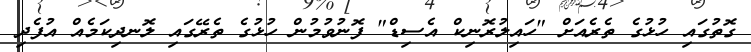
ގޮތުގައި ހުޅުގެ ތެރެއަށް "ހައިލުރޮނިކް އެސިޑް" ފޮނުވުމުން ހުޅުގެ ތެރޭގައި ލޮނދިކަމެއް އުފެދި